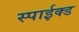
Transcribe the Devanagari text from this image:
स्पाईक्ड